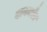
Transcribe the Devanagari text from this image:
दानकौर